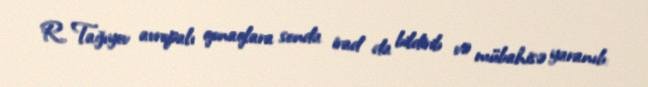
R. Tağıyev avropalı qonaqlara sonda irad da bildirib və mübahisə yaranıb: